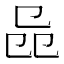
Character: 𠨕